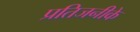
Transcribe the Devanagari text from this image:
प्रतिजनीके